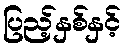
ပြည့်နှစ်နှင့်